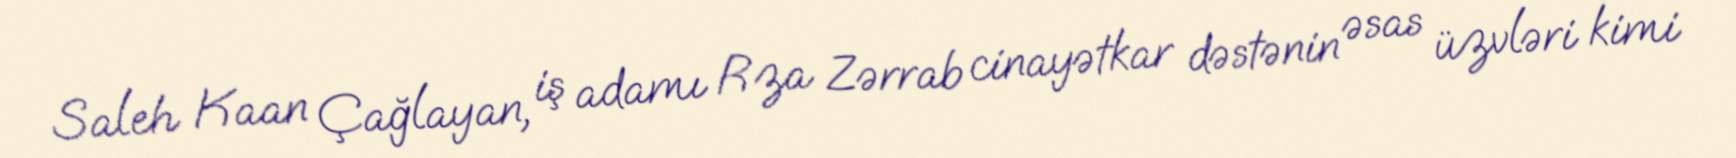
Saleh Kaan Çağlayan, iş adamı Rza Zərrab cinayətkar dəstənin əsas üzvləri kimi